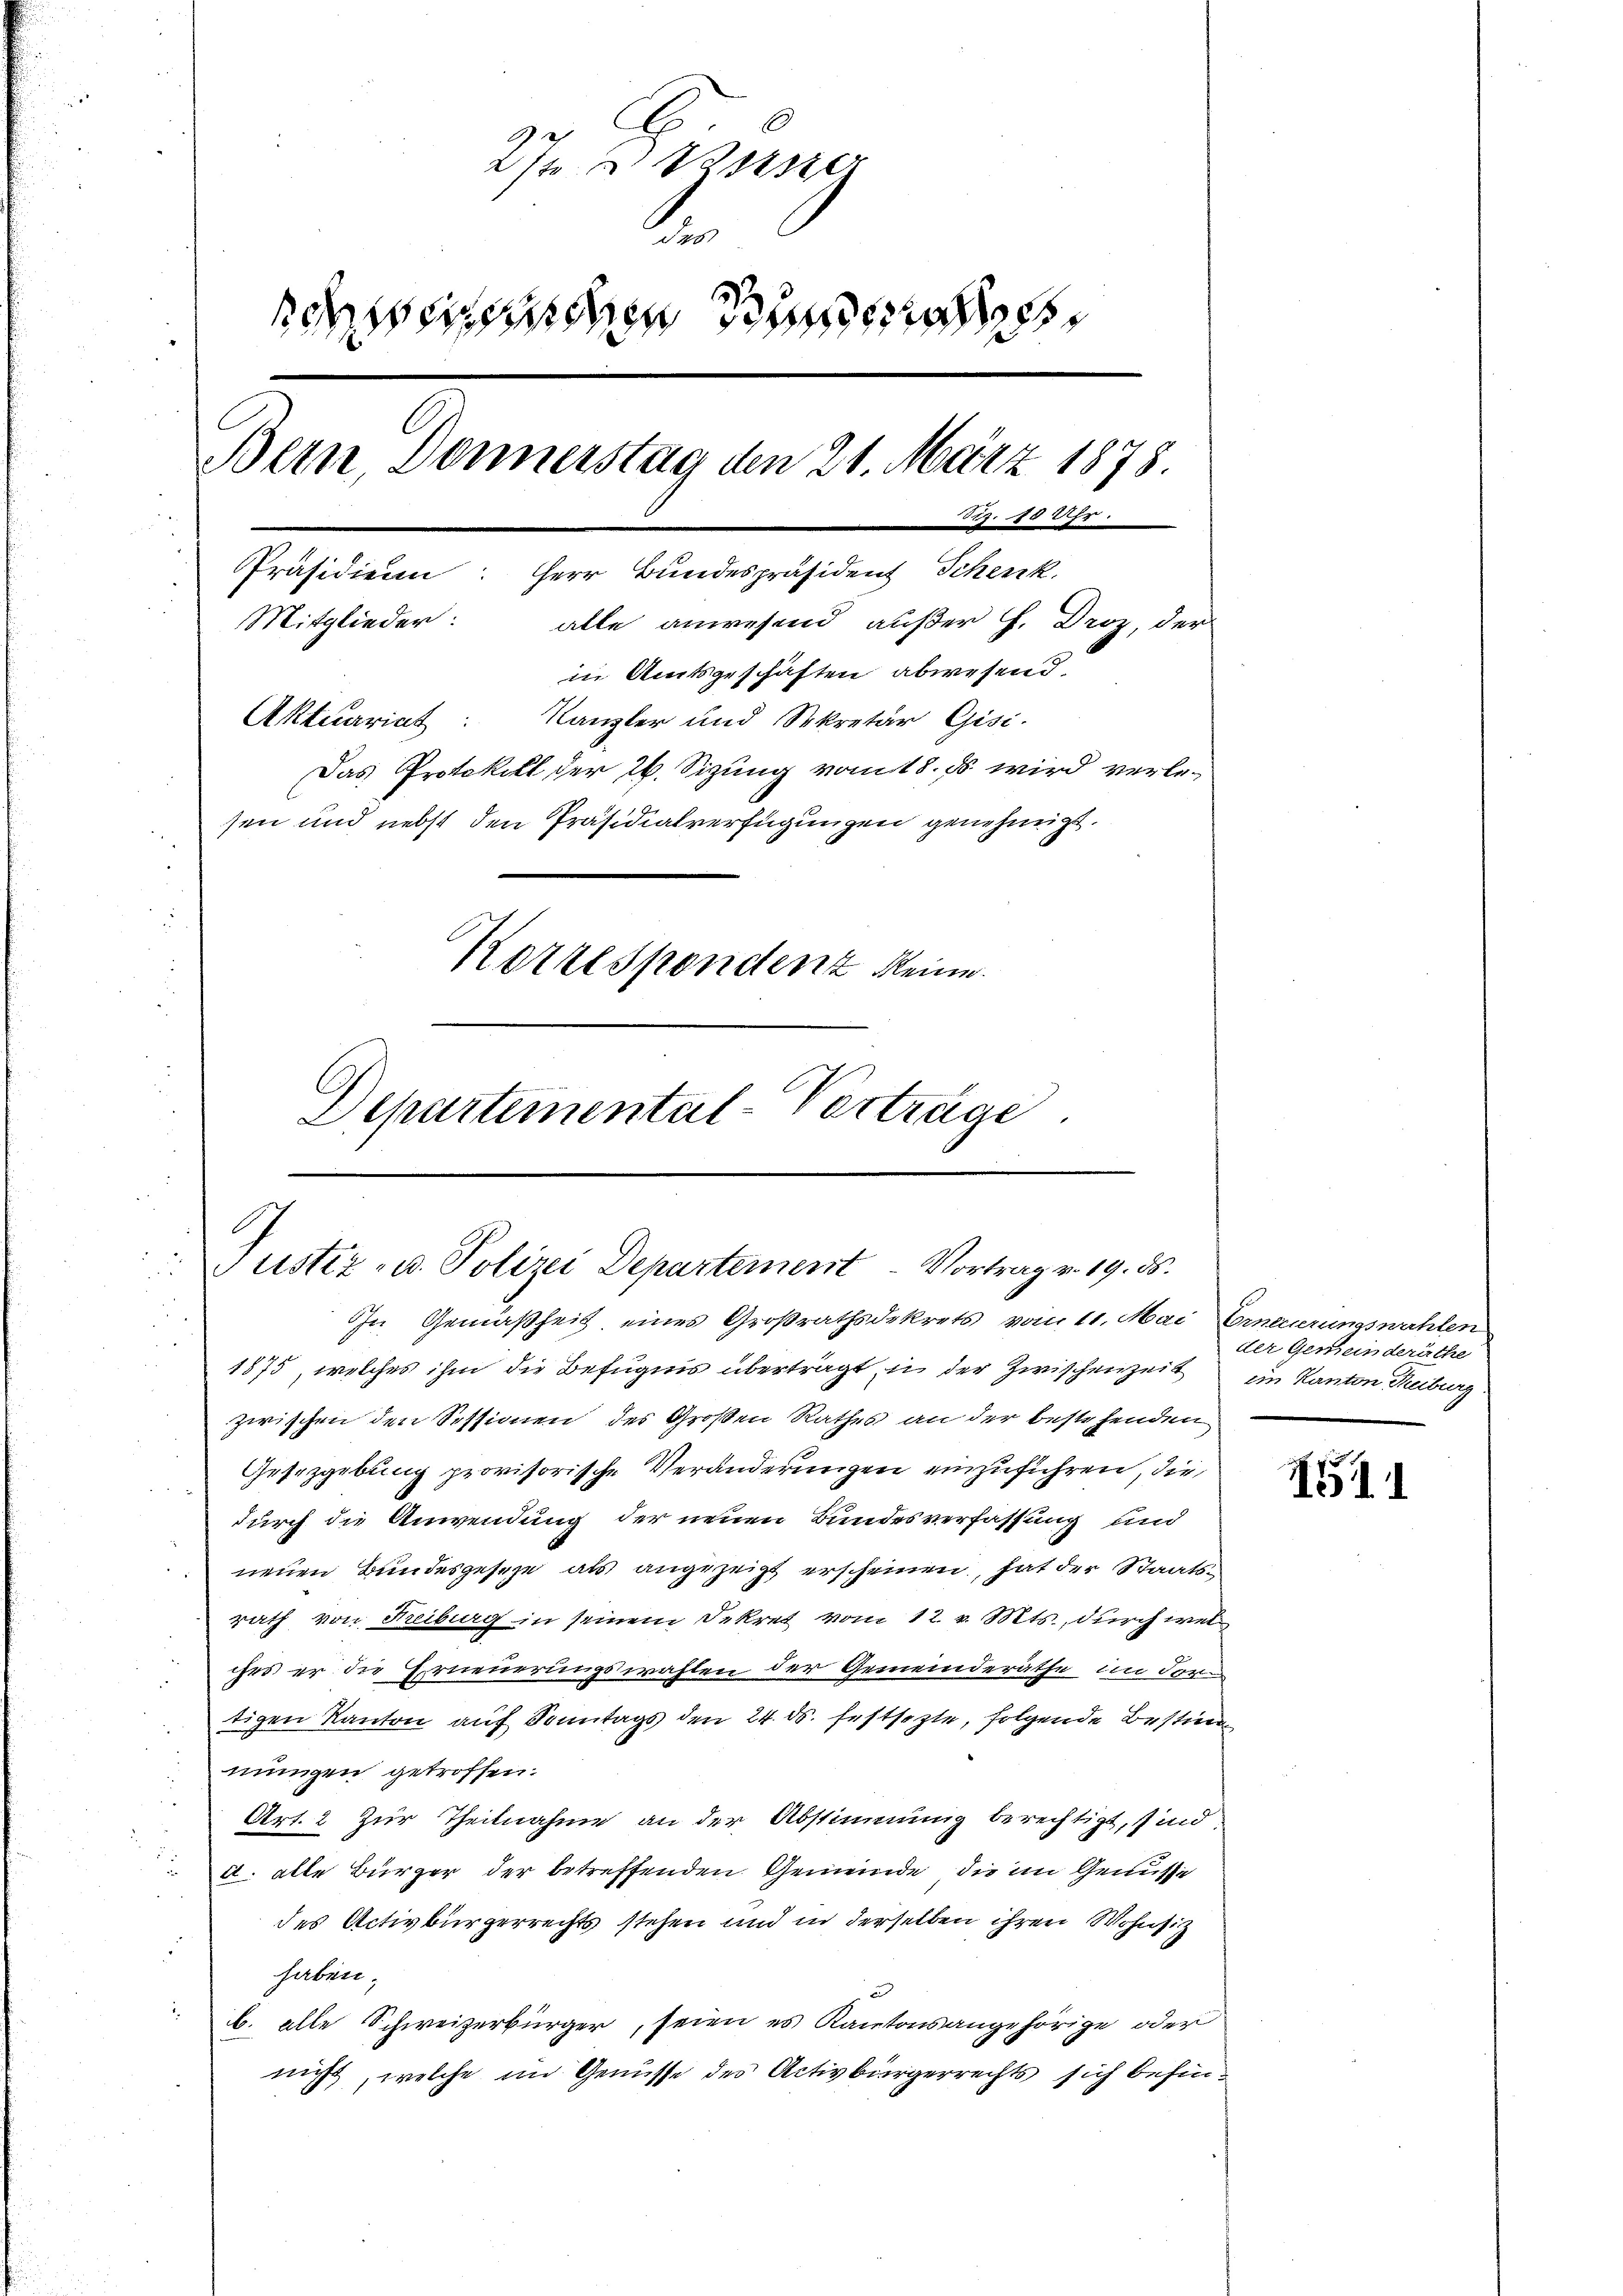
Wasse
s
sehenden Be
Bern, Donnerstag den 21. März 1878.
z. 10 Uhr.
Präsidien: Herr Bundespräsident Schenk.
Mitglieder: alle anwesend außer H. Droz, der
in Amtsgeschäften abwesend.
Aktuariat: Kanzler und Sekretär Gisi-
Das Protokoll der 26. Sizung vom 18. Es wird verle-
sen und nebst den Präsidialverfügungen genehmigt.
Ketzespendenz keine
Departemental-Verträge.

Justiz- u. Polizei Departement. Vortrag v. 19. ds.
In Gemäßheit, eines Großrathsdekrets vom 11. Mai Erneuerungswahlen

1875, welches ihm die Befugnis überträgt, in der Zwischenzeit im Kanton Treiburg
zwischen den Sessionen des Großen Rathes an der bestehenden
Gesrzgebung provisorische Veränderungen einzuführen, die
durch die Anwendung der neuen Bundesverfassung und
neuen Bundesgeseze als angezeigt erscheinen, hat der Staatsrath von Freiburg in seinem Dekret vom 12. v. Mts., durch welihrs er die Erneuerungswahlen der Gemeinderäthe im Fori
tigen Kanton auf Sonntags den 24. ds. festsezte, folgende Bestim
mungen getroffen.
Art. 2 zur Theilnahme an der Abstimmung berechtigt, sind
4. alle Bürger der betreffenden Gemeinde, die im Genüsse
des Activbürgerrechts stehen und in derselben ihren Wohnsitz
haben.
b. alle Schweizerbürger, seien es Kantonsangehörige oder
nicht, welche im Genüsse des Activbürgerrechts sich befin¬

der Gemeinderäthe

11